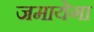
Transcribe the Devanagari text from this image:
जमायेगा